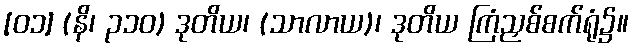
[၀၁] (နိ၊ ၃၁၀) ဒုတိယ၊ (သာလာယ)၊ ဒုတိယ ကြံညှစ်စက်ရုံ၌။